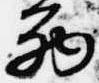
西